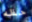
حظه